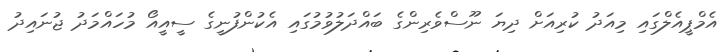
އެމްޕީއެލްގައި މިއަދު ކުރިއަށް ދިޔަ ނޫސްވެރިންގެ ބައްދަލުވުމުގައި އެކުންފުނީގެ ސީއީއޯ މުހައްމަދު ޖުނައިދު